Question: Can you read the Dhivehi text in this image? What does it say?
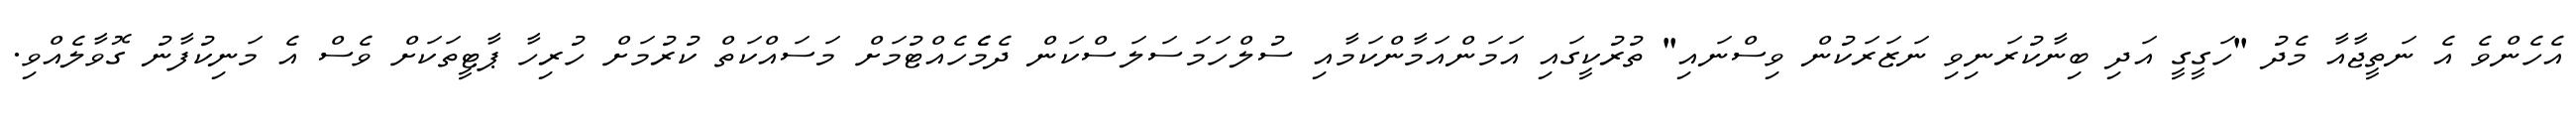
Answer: އެހެންވެ އެ ނަތީޖާއާ މެދު "ހަގީގީ އަދި ބިނާކުރަނިވި ނަޒަރަކުން ވިސްނައި" ތުރުކީގައި އަމަންއަމާންކަމާއި ސުލްހަމަސަލަސްކަން ދެމެެހެއްޓުމަށް މަސައްކަތް ކުރުމަށް ހުރިހާ ޕާޓީތަކަށް ވެސް އެ މަނިކުފާނު ގޮވާލެއްވި.